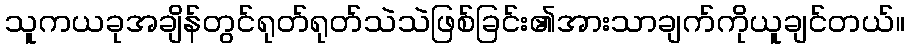
သူကယခုအချိန်တွင်ရုတ်ရုတ်သဲသဲဖြစ်ခြင်း၏အားသာချက်ကိုယူချင်တယ်။